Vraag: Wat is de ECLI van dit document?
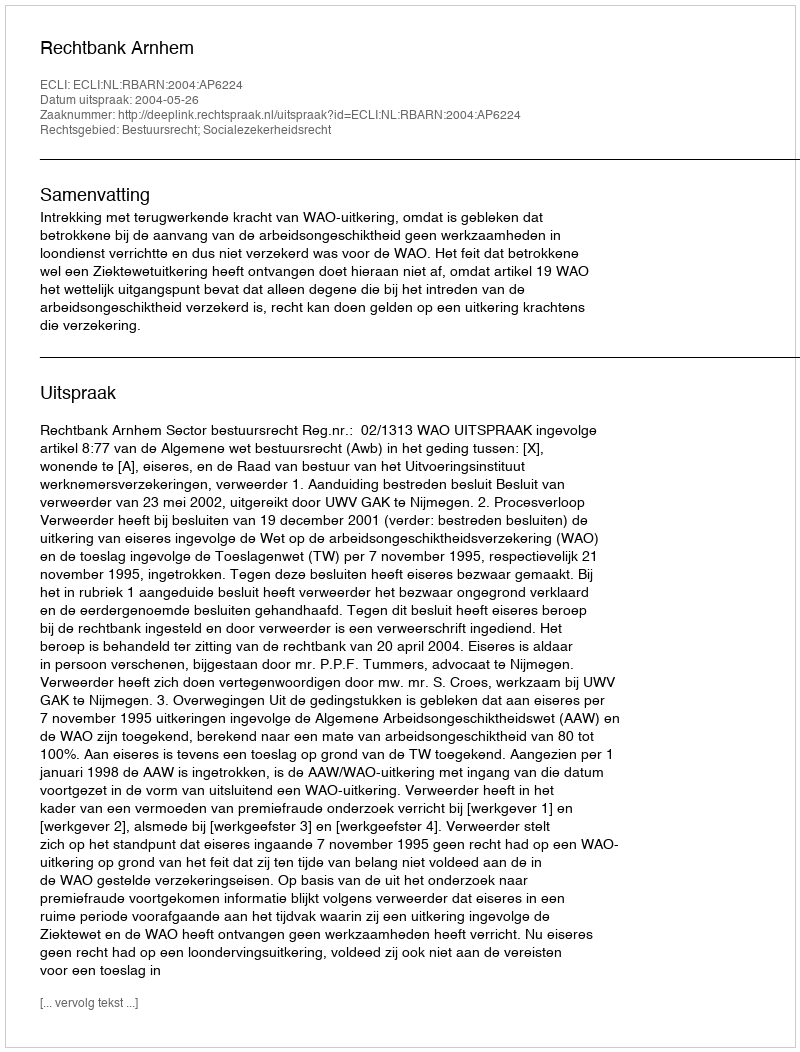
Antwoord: ECLI:NL:RBARN:2004:AP6224